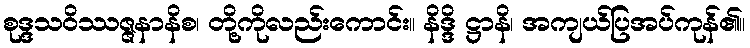
စုဒ္ဒသဝိဿဇ္ဇနာနိစ၊ တို့ကိုလည်းကောင်း။ နိဒ္ဒိ ဋ္ဌာနိ၊ အကျယ်ပြအပ်ကုန်၏။